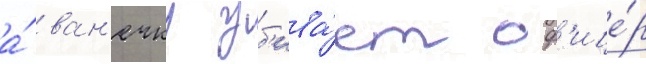
а́ ван'ечку уб'ива́ет оф'ице́р